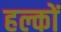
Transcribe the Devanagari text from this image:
हल्कों